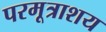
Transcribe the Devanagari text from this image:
परमूत्राशय